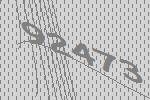
92473